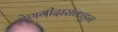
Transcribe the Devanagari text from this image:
देणगीदारांकडून